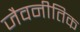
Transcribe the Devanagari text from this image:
जैवनीतिक